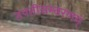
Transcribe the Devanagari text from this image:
तपतीसम्वरणम्